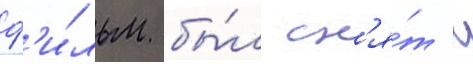
ф'и́льм бы́л сн'я́т с